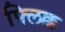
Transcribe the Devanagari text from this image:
फ्लिक्क